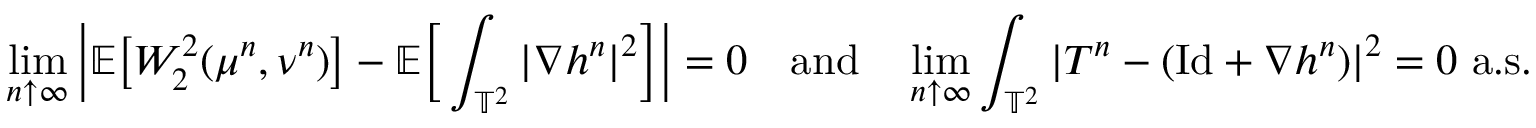
\operatorname* { l i m } _ { n \uparrow \infty } \bigg \vert \mathbb { E } \big [ W _ { 2 } ^ { 2 } ( \mu ^ { n } , \nu ^ { n } ) \big ] - \mathbb { E } \bigg [ \int _ { \mathbb { T } ^ { 2 } } | \nabla h ^ { n } | ^ { 2 } \bigg ] \bigg \vert = 0 \quad \mathrm { a n d } \quad \operatorname* { l i m } _ { n \uparrow \infty } \int _ { \mathbb { T } ^ { 2 } } \vert T ^ { n } - ( \mathrm { I d } + \nabla h ^ { n } ) \vert ^ { 2 } = 0 \mathrm { ~ a . s . }